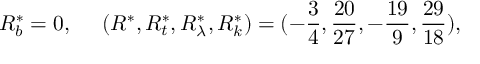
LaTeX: R _ { b } ^ { * } = 0 , ~ ~ ~ ~ ( R ^ { * } , R _ { t } ^ { * } , R _ { \lambda } ^ { * } , R _ { k } ^ { * } ) = ( - { \frac { 3 } { 4 } } , { \frac { 2 0 } { 2 7 } } , - { \frac { 1 9 } { 9 } } , { \frac { 2 9 } { 1 8 } } ) ,